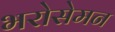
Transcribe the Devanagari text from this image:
भरोसेमन